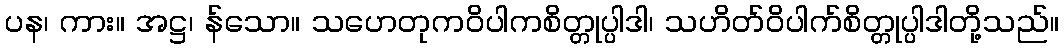
ပန၊ ကား။ အဋ္ဌ၊ န်သော။ သဟေတုကဝိပါကစိတ္တုပ္ပါဒါ၊ သဟိတ်ဝိပါက်စိတ္တုပ္ပါဒါတို့သည်။